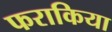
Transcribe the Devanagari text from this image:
फराकिया